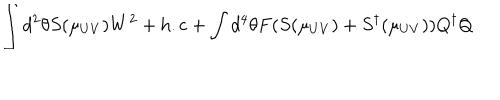
\int d ^ { 2 } \theta S ( \mu _ { U V } ) W ^ { 2 } + \mathrm { h . c } + \int d ^ { 4 } \theta F ( S ( \mu _ { U V } ) + S ^ { \dagger } ( \mu _ { U V } ) ) Q ^ { \dagger } Q